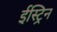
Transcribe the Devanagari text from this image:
ईस्ट्रिन